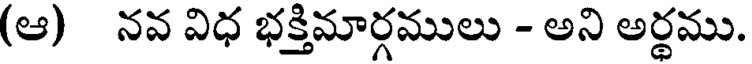
(ఆ) నవ విధ భక్తిమార్గములు - అని అర్థము.